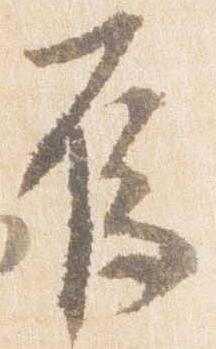
烏